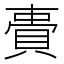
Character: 䝴